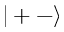
| + - \rangle